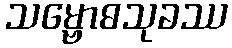
သမ္ဗောဓသုခဿ